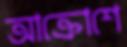
আক্রোশে